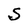
Character: S